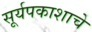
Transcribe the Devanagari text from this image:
सूर्यपकाशाचे